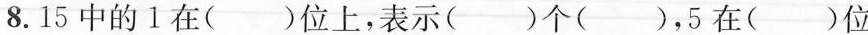
8.15中的1在（ ）位上，表示（ ）个（ ），5在（ ）位